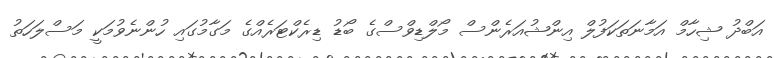
އަބްދު ޝިހާމް އަމާނަތަކަފުލް އިންޝުއަރެންސް މޯލްޑިވްސްގެ ބޯޑު ޑިރެކްޓަރެއްގެ މަގާމުގައި ހުންނެވުމަކީ މަސްލަހަތު